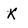
Character: k